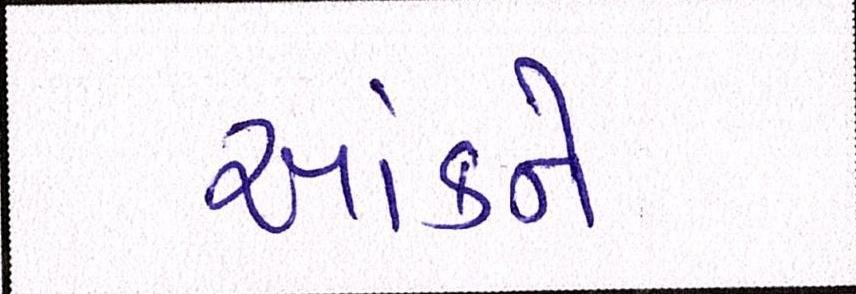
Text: આંકને